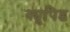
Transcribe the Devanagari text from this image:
क्युपिड